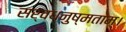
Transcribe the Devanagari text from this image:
सर्वधनुष्मताम्‌।